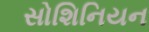
સોશિનિયન